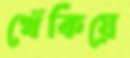
খেঁকিয়ে